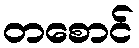
တစောင်